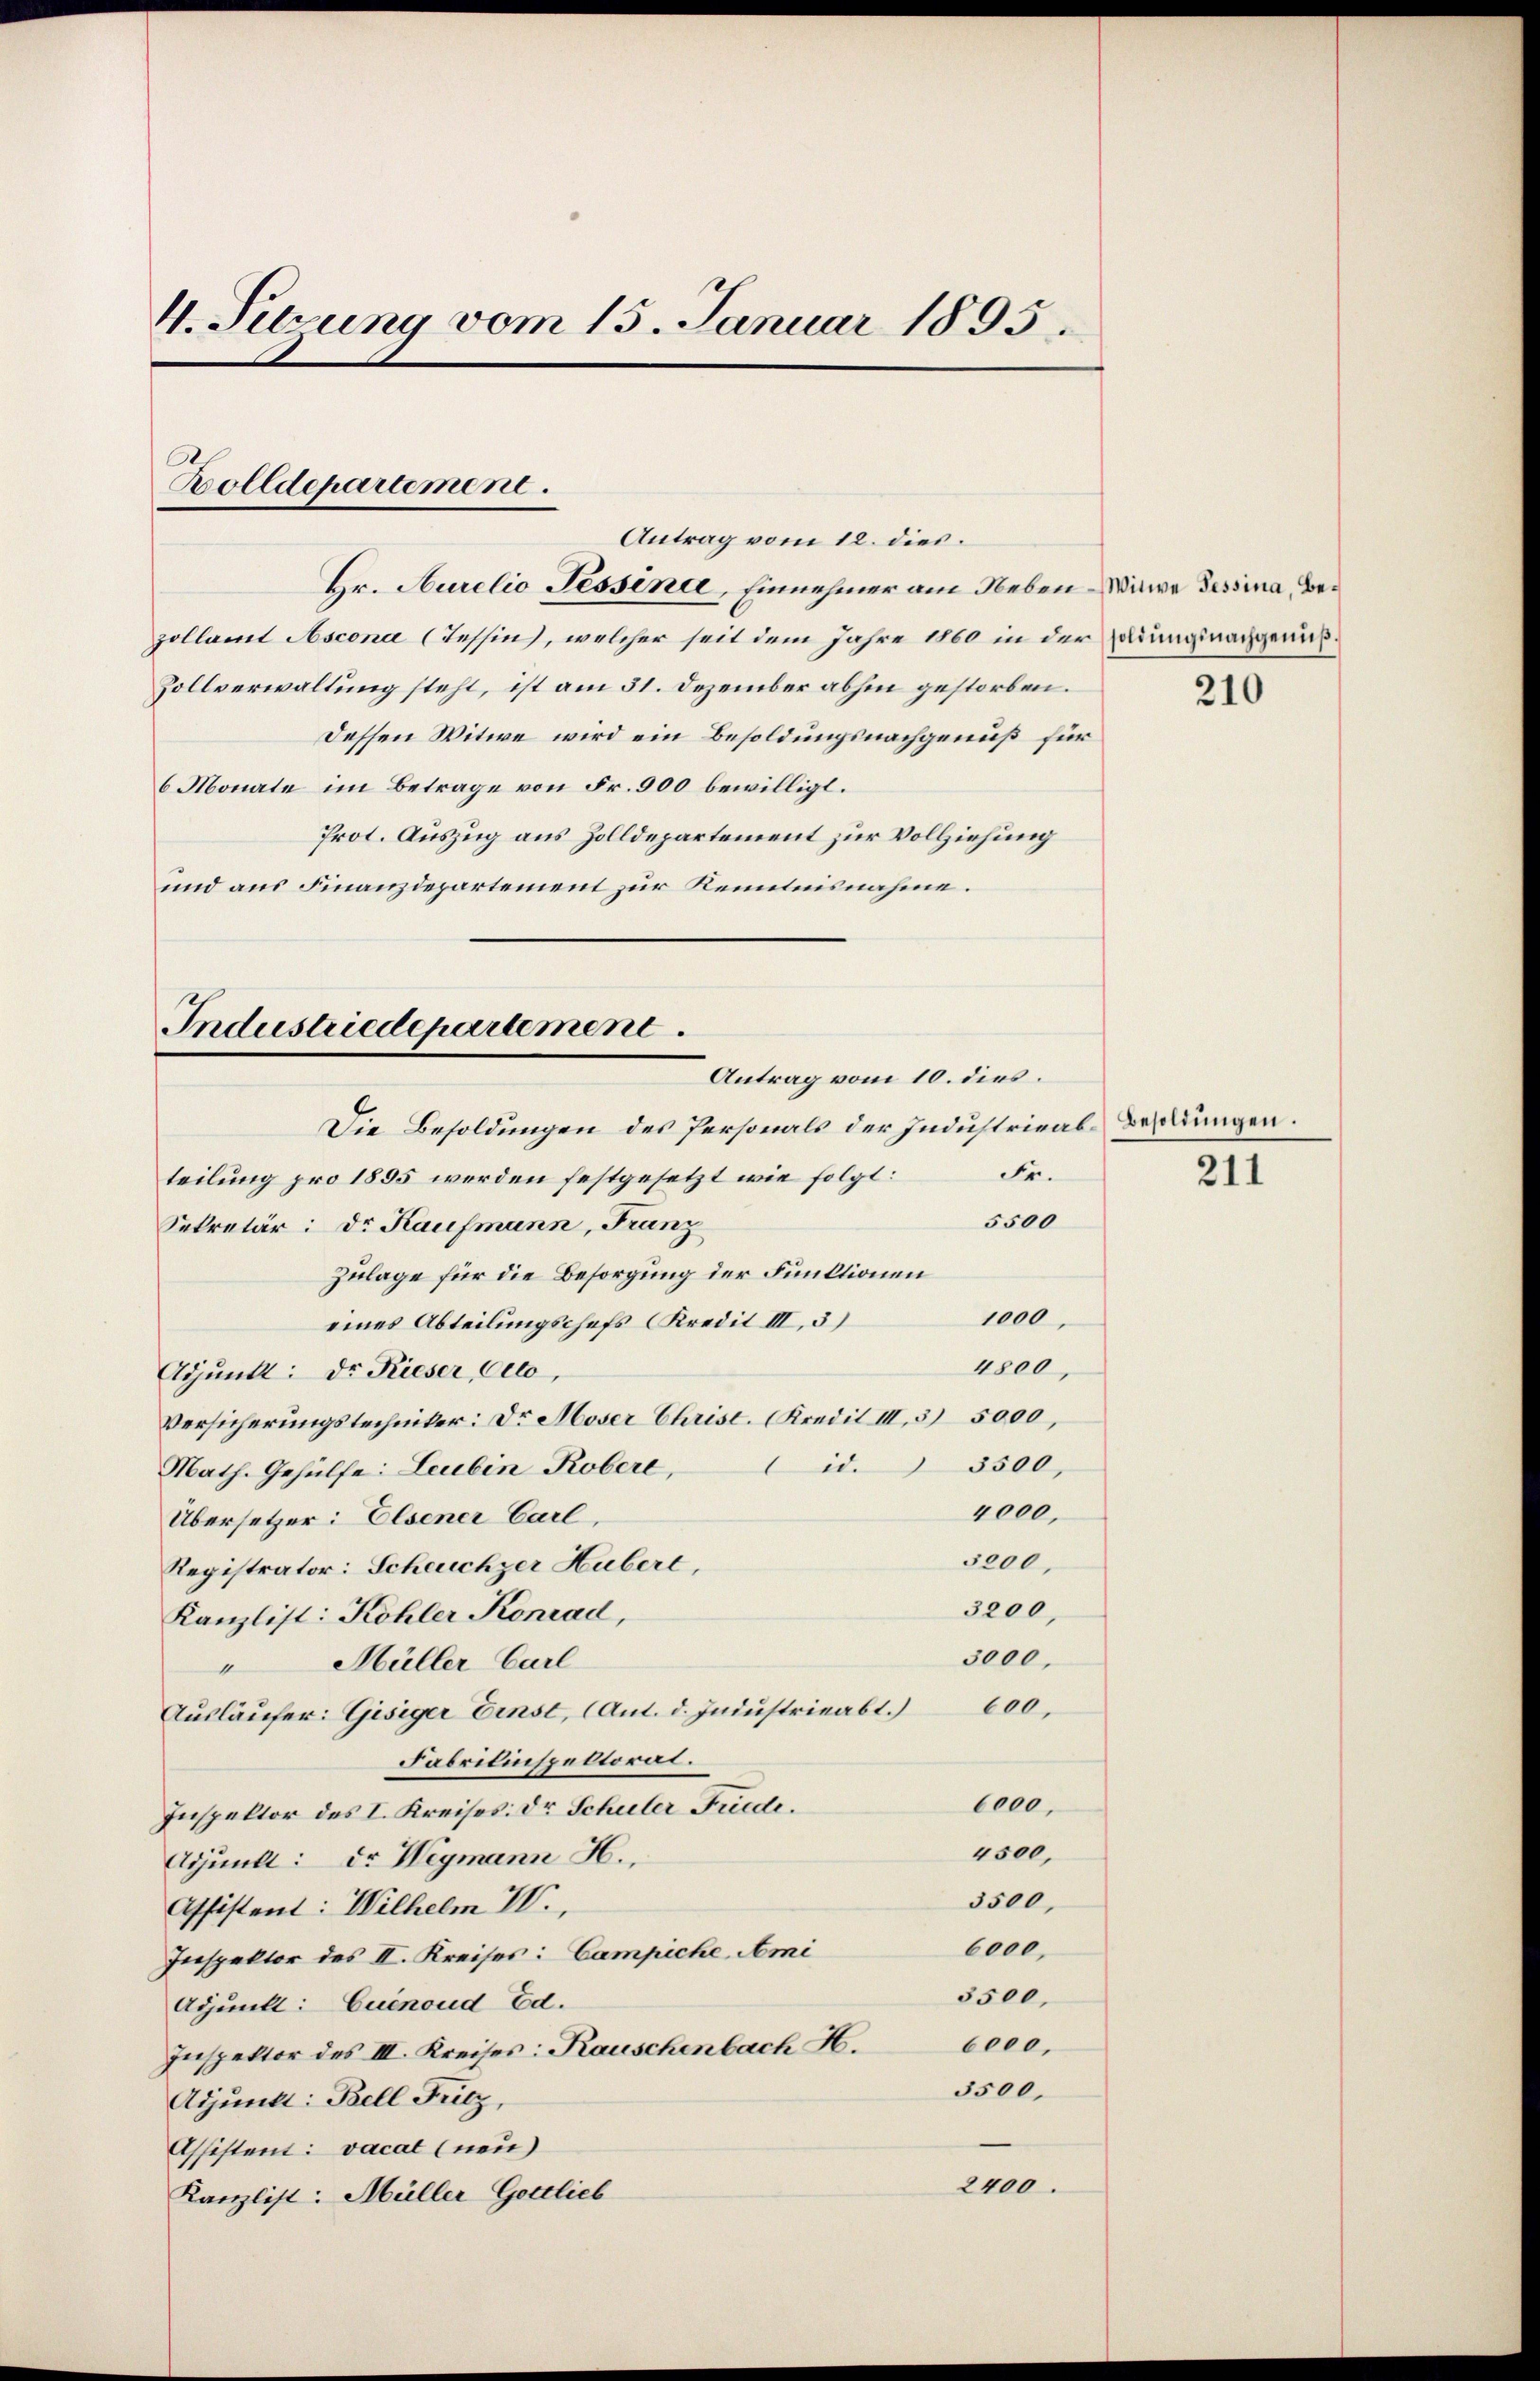
4. Setzung vom 15. Januar 1895.

Zolldepartement.
Antrag vom 12. dies.
Hr. Aurelio Tessini, Einnehmer am Neben Witwe Tessina, Be¬

zollamt Ascona (Tessin, welcher seit dem Jahre 1860 in der Ladung nachgenuß¬
Zollverwaltung steht, ist am 31. Dezember abhin gestorben.
Dessen Witwe wird ein Besoldungsnachgenuß für
6 Monate im Betrage von Fr. 900 bewilligt.
Prot. Auszug aus Zolldepartement zur Vollziehung
und aus Finanzdepartement zur Kenntnisnahme.

Industriedepartement.
Antrag vom 10. dies

Die Besoldungen des Personals der Industrieab-Besoldungen.
Fr.
teilung pro 1895 werden festgesetzt wie folgt:
5500
Sekretär: Dr. Kaufmann, Franz
Zulage für die Besorgung der Fuuktionen
1000
eines Abteilungschefs Kredit III. 3)
4800,
Adjunkt: Dr. Rieser, Otto,
Versicherungstechniker: Dr. Moser Christ. (Kredil III, 5 5000,
id. 3500,
Math. Gehülfe: Leubin Robere,
4000.
Übersetzer: Elsener Carl,
5000.
Registrator: Scheuchzer Hubert,
3200.
Kanzlist: Kohler Konrad,
3000.
Müller Carl
4
Aŭsläŭfer: Gisiger Einst, (Ant. d. Industrieabt. 600,
Fabrikinspektoral.
6000.
Inspektor des I. Kreises. Dr Schuler Friede
4500,
Agunll: dr Wegmann H.
3500,
Affistent: Wilhelm IV.,
6000.
Inspektor des II. Kreises: Campiche Ami
3500,
Apunkt: Cuenoud Ed.
Inspektor des III. Kreises: Rauschenbach H. 6000,
3500.
Adjunkt: Bell Fritz,
Assistent: vacat (neu)
2400.
Kanzlist: Müller Gottlieb

210

211